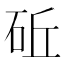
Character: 䂡